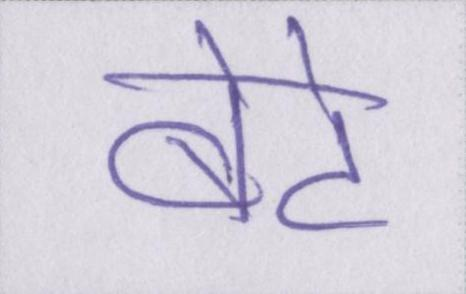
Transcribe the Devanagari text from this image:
बेटे